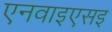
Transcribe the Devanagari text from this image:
एनवाइएसइ